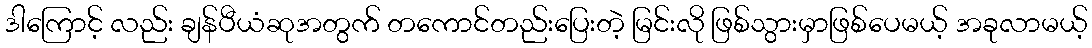
ဒါကြောင့် လည်း ချန်ပီယံဆုအတွက် တကောင်တည်းပြေးတဲ့ မြင်းလို ဖြစ်သွားမှာဖြစ်ပေမယ့် အခုလာမယ့်